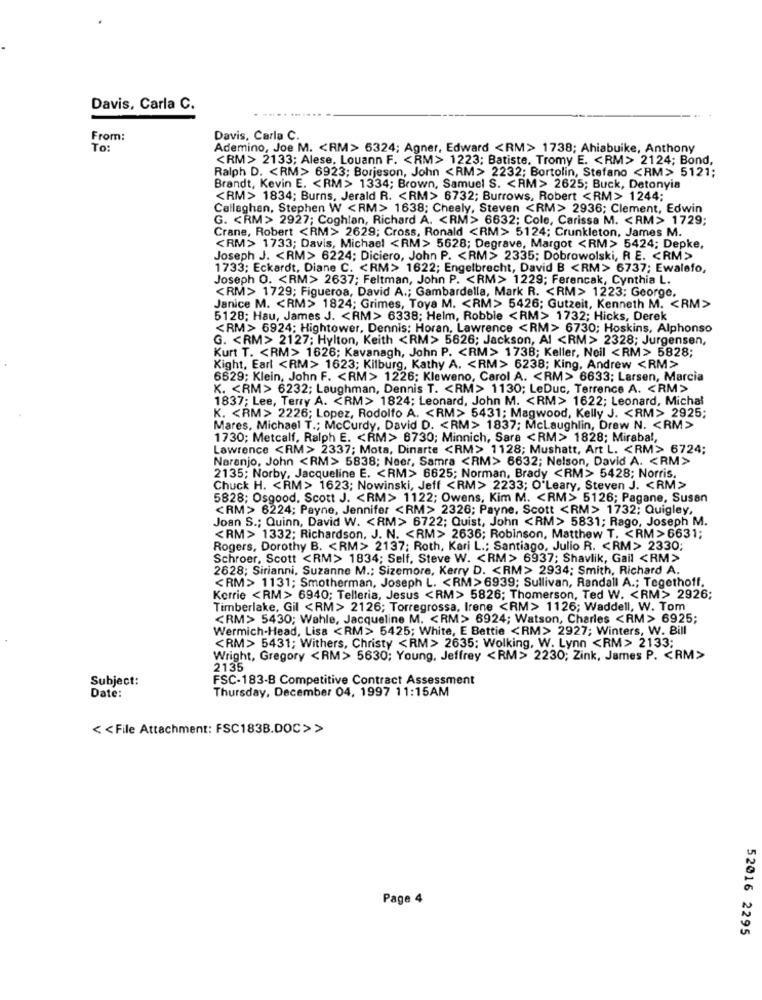
Davis, Carla C.
From:
Davis, Carla C.
To:
Ademino, Joe M. < RM> 6324; Agner, Edward <RM> 1738; Ahiabuike, Anthony
<RM> 2133; Alese, Louann F. < RM> 1223; Batiste, Tromy E. < RM> 2124; Bond,
Ralph D. < RM> 6923; Borjeson, John <RM> 2232; Bortolin, Stefano <RM> 5121;
Brandt, Kevin E. < RM> 1334; Brown, Samuel S. < AM> 2625; Buck, Detonyia
<RM> 1834; Burns, Jerald R. < RM> 6732; Burrows, Robert <RM> 1244;
Callaghan, Stephen W <RM> 1638; Cheely, Steven <RM> 2936; Clement, Edwin
G. < RM> 2927; Coghlan, Richard A. < RM> 6632; Cole, Carissa M. < AM> 1729;
Crane, Robert <RM> 2629; Cross, Ronald <RM> 5124; Crunkleton, James M.
<RM> 1733; Davis, Michael <RM> 5628; Degrave, Margot <RM> 5424; Depke,
Joseph J. < RM> 6224; Diciero, John P. < RM> 2335; Dobrowolski, R E. < RM>
1733; Eckardt, Diane C. < RM> 1622; Engelbrecht, David B <RM> 6737; Ewalefo,
Joseph O. < RM> 2637; Feltman, John P. < RM > 1229; Ferencak, Cynthia L.
<RM> 1729; Figueroa, David A .; Gambardella, Mark R. < RM> 1223; George,
Janice M. < RM> 1824; Grimes, Toya M. < RM> 5426; Gutzeit, Kenneth M. < RM>
5128; Hau, James J. < RM> 6338; Helm, Robbie <RM> 1732; Hicks, Derek
<RM> 6924; Hightower, Dennis: Horan. Lawrence <RM> 6730; Hoskins, Alphonso
G. < RM> 2127; Hylton, Keith <RM> 5626; Jackson, Al <RM> 2328; Jurgensen,
Kurt T. < RM> 1626; Kavanagh, John P. < RM> 1738; Keller, Neil <RM> 5828;
Kight, Earl <RM> 1623; Kilburg, Kathy A. < RM> 6238; King, Andrew <RM>
6629; Klein, John F. < RM> 1226; Kleweno, Carol A. < RM> 6633; Larsen, Marcia
K. < RM> 6232; Laughman, Dennis T. < RM> 1130; LeDuc, Terrence A. < RM>
1837; Lee, Terry A. < RM> 1824; Leonard, John M. < RM> 1622; Leonard, Michal
K. < RM> 2226; Lopez, Rodolfo A. < RM> 5431; Magwood, Kelly J. < RM> 2925;
Mares, Michael T .; Mccurdy, David D. < RM> 1837; Mclaughlin, Drew N. < RM>
1730; Metcalf, Ralph E. < RM> 6730; Minnich, Sara <RM> 1828; Mirabal,
Lawrence <RM> 2337; Mota, Dinarte <RM> 1128; Mushatt, Art L. < RM> 6724;
Naranjo, John <RM> 5838; Neer, Samra <RM> 6632; Nelson, David A. < RM>
2135; Norby, Jacqueline E. < RM> 6625; Norman, Brady <RM> 5428; Norris.
Chuck H. < RM> 1623; Nowinski, Jeff <RM> 2233; O'Leary, Steven J. < RM>
5828; Osgood, Scott J. < RM> 1122; Owens, Kim M. < RM> 5126; Pagane, Susan
<RM> 6224; Payne, Jennifer <RM> 2326; Payne, Scott <RM> 1732; Quigley,
Joan S .; Quinn, David W. < RM> 6722; Quist, John <RM> 5831; Rago, Joseph M.
<RM> 1332; Richardson, J. N. < RM> 2636; Robinson, Matthew T. < RM> 6631;
Rogers, Dorothy B. < RM> 2137; Roth, Kari L .: Santiago, Julio R. < RM> 2330;
Schroer, Scott <RM> 1834; Self, Steve W. < RM> 6937; Shavlik, Gail <RM>
2628; Sirianni, Suzanne M .; Sizemore, Kerry D. < RM> 2934; Smith, Richard A.
<RM> 1131; Smotherman, Joseph L. < RM> 6939; Sullivan, Randall A .; Tegethoff.
Kerrie <RM> 6940; Telleria, Jesus <RM> 5826; Thomerson, Ted W. < RM> 2926;
Timberlake, Gil <RM> 2126; Torregrossa, Irene <RM> 1126; Waddell, W. Tom
<RM> 5430; Wahle, Jacqueline M. < RM> 6924; Watson, Charles <RM> 6925;
Wermich-Head, Lisa <RM> 5425; White, E Bettie <RM> 2927; Winters, W. Bill
<RM> 5431; Withers, Christy < RM> 2635: Wolking, W. Lynn <RM> 2133;
Wright, Gregory <RM> 5630; Young, Jeffrey <RM> 2230; Zink, James P. < RM>
2135
Subject:
FSC-183-B Competitive Contract Assessment
Thursday, December 04, 1997 11:15AM
Date:
< < File Attachment: FSC183B.DOC>>
Page 4
52016 2295